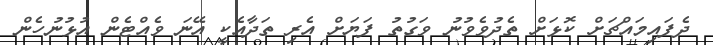
ދެފައިމައްޗަށް ކޮޅަށް ތެދުވެވުނު ވަގުތު ފަޔަށް އެރި ތަދާއެކީ އޭނަ ވެއްޓެން އުޅުނުހެން